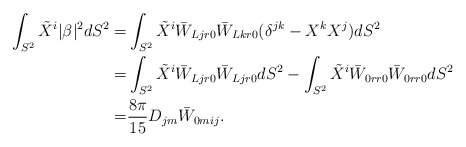
\begin{align*} \int_{S^2}\tilde X^i |\beta|^2 dS^2=& \int_{S^2}\tilde X^i \bar W_{Ljr0}\bar W_{Lkr0} (\delta^{jk}- X^kX^j) dS^2 \\=&\int_{S^2} \tilde X^i \bar W_{Ljr0} \bar W_{Ljr0} dS^2 - \int_{S^2} \tilde X^i \bar W_{0r r0} \bar W_{0rr0} dS^2 \\=& \frac{8 \pi}{15} D_{jm} \bar W_{0mij}.\end{align*}